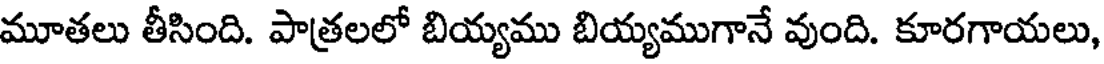
మూతలు తీసింది. పాత్రలలో బియ్యము బియ్యముగానే వుంది. కూరగాయలు,